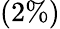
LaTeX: (2\% )